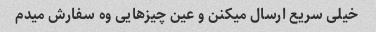
خیلی سریع ارسال میکنن و عین چیزهایی وه سفارش میدم